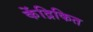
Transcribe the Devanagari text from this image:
केंद्रिकित